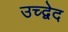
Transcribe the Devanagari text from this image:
उच्द्वेद